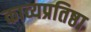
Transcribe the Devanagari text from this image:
काव्यप्रतिष्ठा